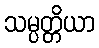
သမ္ပတ္တိယာ